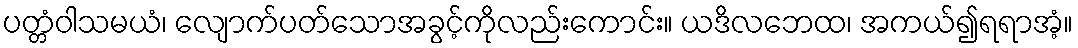
ပတ္တံဝါသမယံ၊ လျောက်ပတ်သောအခွင့်ကိုလည်းကောင်း။ ယဒိလဘေထ၊ အကယ်၍ရရာအံ့။